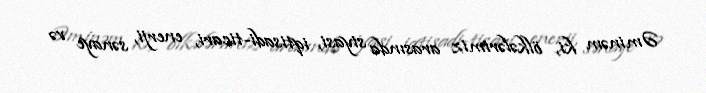
Əminəm ki, ölkələrimiz arasında siyasi, iqtisadi-ticari, enerji, sənaye və